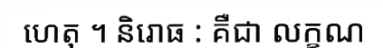
ហេតុ ។ និរោធ : គឺជា លក្ខណ